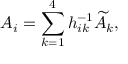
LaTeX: A _ { i } = \sum _ { k = 1 } ^ { 4 } h _ { i k } ^ { - 1 } \widetilde { A } _ { k } ,